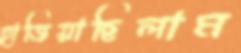
হাজিয়াছিলাম